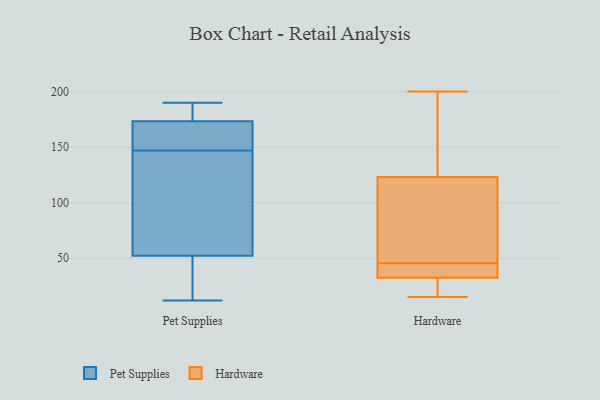
{"axis": {"x": "Budget (USD K)", "y": "Value"}, "legend": ["Hardware", "Pet Supplies"], "data": [{"x": "", "y": 162, "type": "Pet Supplies"}, {"x": "", "y": 18, "type": "Pet Supplies"}, {"x": "", "y": 12, "type": "Pet Supplies"}, {"x": "", "y": 160, "type": "Pet Supplies"}, {"x": "", "y": 190, "type": "Pet Supplies"}, {"x": "", "y": 147, "type": "Pet Supplies"}, {"x": "", "y": 128, "type": "Pet Supplies"}, {"x": "", "y": 177, "type": "Pet Supplies"}, {"x": "", "y": 189, "type": "Pet Supplies"}, {"x": "", "y": 131, "type": "Pet Supplies"}, {"x": "", "y": 27, "type": "Pet Supplies"}, {"x": "", "y": 44, "type": "Hardware"}, {"x": "", "y": 31, "type": "Hardware"}, {"x": "", "y": 85, "type": "Hardware"}, {"x": "", "y": 161, "type": "Hardware"}, {"x": "", "y": 15, "type": "Hardware"}, {"x": "", "y": 72, "type": "Hardware"}, {"x": "", "y": 47, "type": "Hardware"}, {"x": "", "y": 28, "type": "Hardware"}, {"x": "", "y": 200, "type": "Hardware"}, {"x": "", "y": 40, "type": "Hardware"}, {"x": "", "y": 34, "type": "Hardware"}, {"x": "", "y": 197, "type": "Hardware"}]}